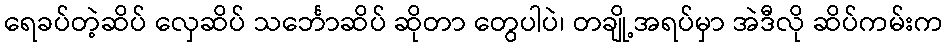
ရေခပ်တဲ့ဆိပ် လှေဆိပ် သင်္ဘောဆိပ် ဆိုတာ တွေပါပဲ၊ တချို့အရပ်မှာ အဲဒီလို ဆိပ်ကမ်းက